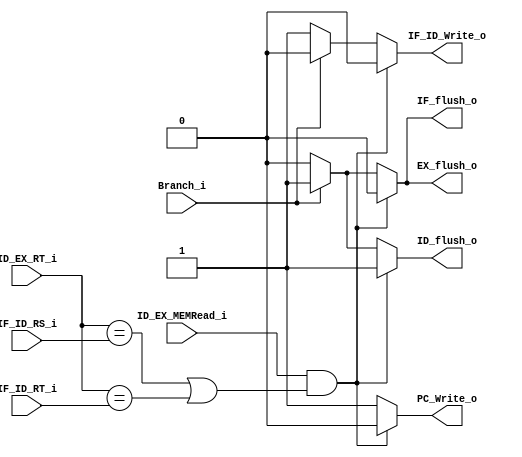

module hazard_detection_unit(
    ID_EX_MEMRead_i,
    Branch_i,
    ID_EX_RT_i,
    IF_ID_RS_i,
    IF_ID_RT_i,
    PC_Write_o,
    IF_ID_Write_o,
    IF_flush_o,
    ID_flush_o,
    EX_flush_o,
);

input ID_EX_MEMRead_i;
input Branch_i;
input [4:0] ID_EX_RT_i;
input [4:0] IF_ID_RS_i;
input [4:0] IF_ID_RT_i;
output reg PC_Write_o;
output reg IF_ID_Write_o;
output reg IF_flush_o;
output reg ID_flush_o;
output reg EX_flush_o;

always @(*) begin
    if(ID_EX_MEMRead_i && ((ID_EX_RT_i == IF_ID_RS_i) || (ID_EX_RT_i == IF_ID_RT_i))) begin
        PC_Write_o = 0;
        IF_ID_Write_o = 0;
        IF_flush_o = 0;
        ID_flush_o = 1;
        EX_flush_o = 0;
    end
    else if(Branch_i) begin
        PC_Write_o = 1;
        IF_ID_Write_o = 0;
        IF_flush_o = 1;
        ID_flush_o = 1;
        EX_flush_o = 1;
    end
    else begin
        PC_Write_o = 1;
        IF_ID_Write_o = 1;
        IF_flush_o = 0;
        ID_flush_o = 0;
        EX_flush_o = 0;
    end
    
end

endmodule